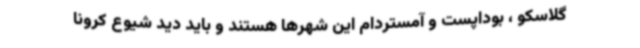
گلاسکو ، بوداپست و آمستردام این شهرها هستند و باید دید شیوع کرونا